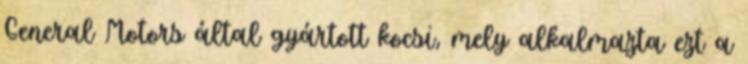
General Motors által gyártott kocsi, mely alkalmazta ezt a